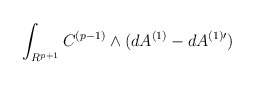
\begin{align*}\int_{R^{p+1}}C^{(p-1)}\wedge (dA^{(1)}-dA^{(1)\prime})\end{align*}